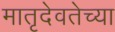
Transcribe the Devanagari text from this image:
मातृदेवतेच्या